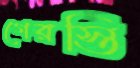
গেরস্তি